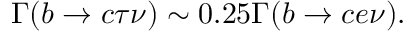
\Gamma ( b \rightarrow c \tau \nu ) \sim 0 . 2 5 \Gamma ( b \rightarrow c e \nu ) .